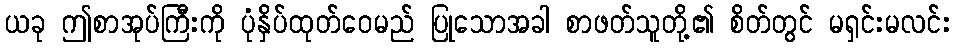
ယခု ဤစာအုပ်ကြီးကို ပုံနှိပ်ထုတ်ဝေမည် ပြုသောအခါ စာဖတ်သူတို့၏ စိတ်တွင် မရှင်းမလင်း